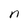
Character: n